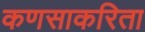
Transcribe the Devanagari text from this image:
कणसाकरिता